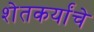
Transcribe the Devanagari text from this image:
शेतकर्यांचे